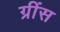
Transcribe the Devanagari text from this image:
ग्रींस